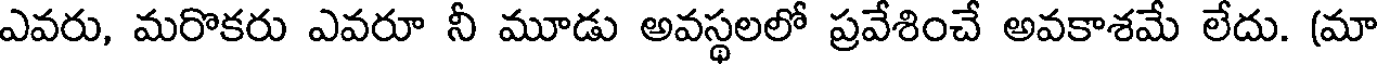
ఎవరు, మరొకరు ఎవరూ నీ మూడు అవస్థలలో ప్రవేశించే అవకాశమే లేదు. (మా